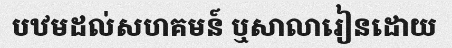
បឋមដល់សហគមន៍ ឬសាលារៀនដោយ